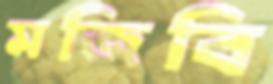
মজিবি